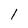
Character: 1